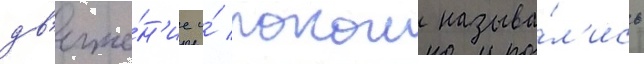
дв'иже́н'ие и́ покои называ́л'ись